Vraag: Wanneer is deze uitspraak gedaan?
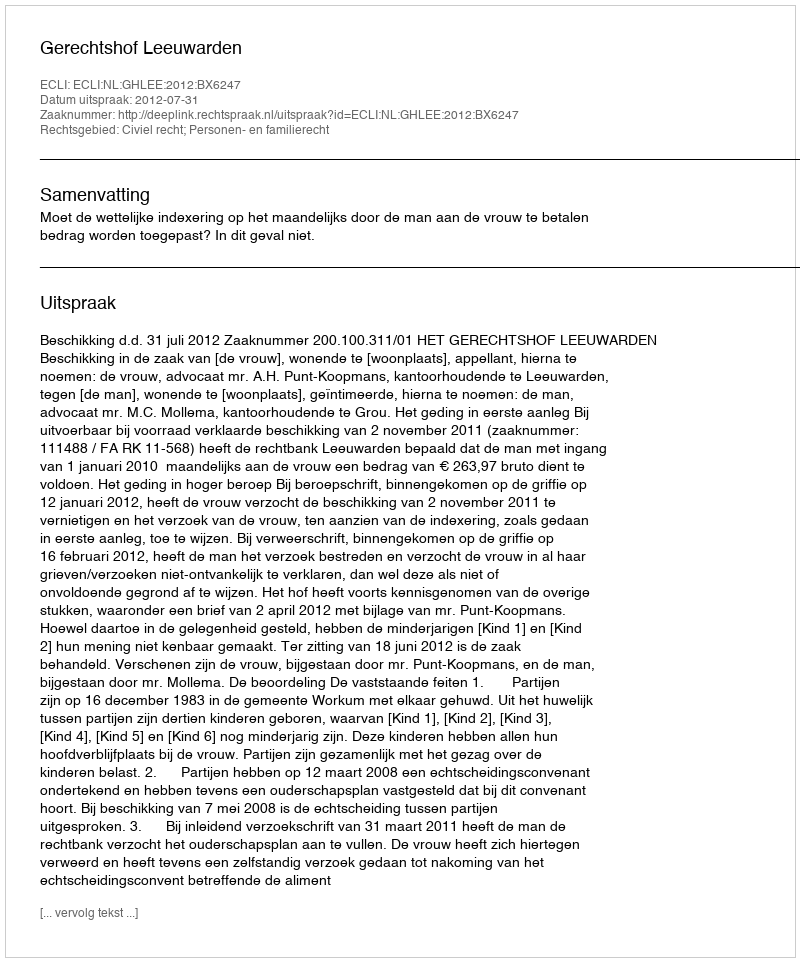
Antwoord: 2012-07-31